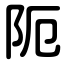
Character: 阨